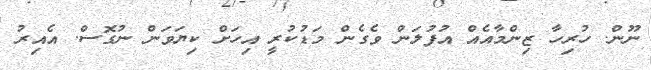
ނޫން. ހުރިހާ ޒިންމާއެއް އުފުލަން ވެގެން މަޑުކުރީ އިހަށް ކިޔަވަން ނުގޮސް. އެއިރު